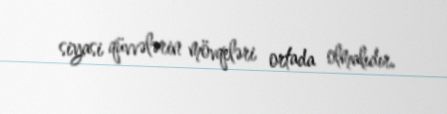
siyasi qüvvələrin mövqeləri ortada olmalıdır.